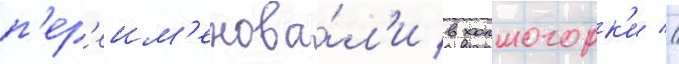
п'ер'еим'енова́л'и в холмогорк'и //